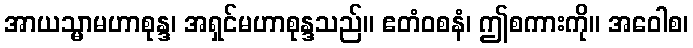
အာယသ္မာမဟာစုန္ဒ၊ အရှင်မဟာစုန္ဒသည်။ ဧတံဝစနံ၊ ဤစကားကို။ အဝေါစ၊